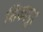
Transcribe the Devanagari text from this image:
शिकापुर